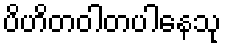
ပိဟိတဝါတပါနေသု